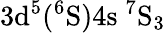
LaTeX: \mathrm{3d^{5}(^{6}S)4s\ ^{7}S_{3}}